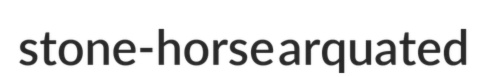
stone-horse arquated